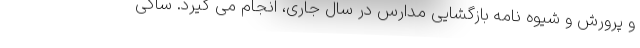
و پرورش و شیوه نامه بازگشایی مدارس در سال جاری، انجام می گیرد. ساکی